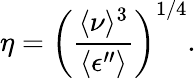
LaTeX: \eta=\left(\frac{\langle\nu\rangle^{3}}{\langle\epsilon^{\prime\prime}\rangle}\right)^{1/4}.